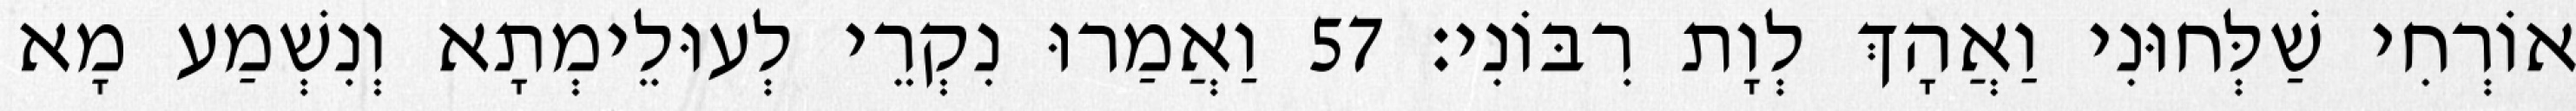
אוֹרְחִי שַׁלְּחוּנִי וַאֲהָךְ לְוָת רִבּוֹנִי׃ 57 וַאֲמַרוּ נִקְרֵי לְעוּלֵימְתָא וְנִשְׁמַע מָא